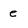
Character: e